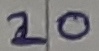
Text: 20